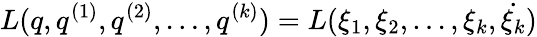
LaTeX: L(q,q^{(1)},q^{(2)},\dots,q^{(k)})=L(\xi_{1},\xi_{2},\dots,\xi_{k},\dot{\xi_{k}})